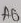
Text: A6